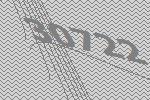
30722